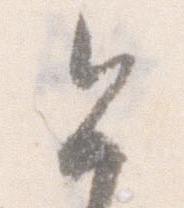
今